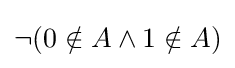
\neg (0\notin A\land 1\notin A)